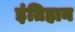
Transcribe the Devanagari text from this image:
इंतिहान